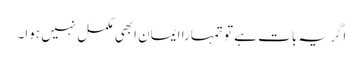
اگر یہ بات ہے تو تمہارا ایمان ابھی مکمل نہیں ہوا۔